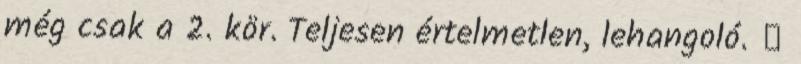
még csak a 2. kör. Teljesen értelmetlen, lehangoló. ⇑